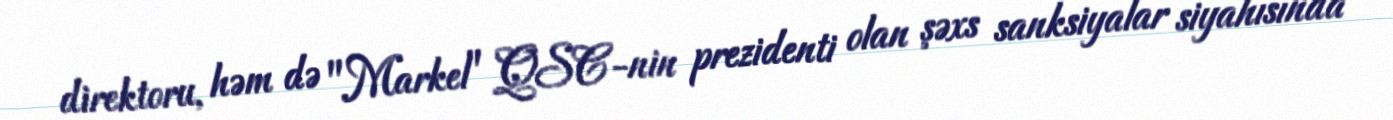
direktoru, həm də "Markel" QSC-nin prezidenti olan şəxs sanksiyalar siyahısında